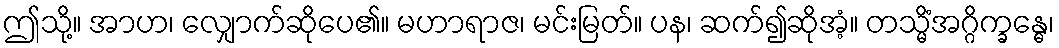
ဤသို့။ အာဟ၊ လျှောက်ဆိုပေ၏။ မဟာရာဇ၊ မင်းမြတ်။ ပန၊ ဆက်၍ဆိုအံ့။ တသ္မိံအဂ္ဂိက္ခန္ဓေ၊